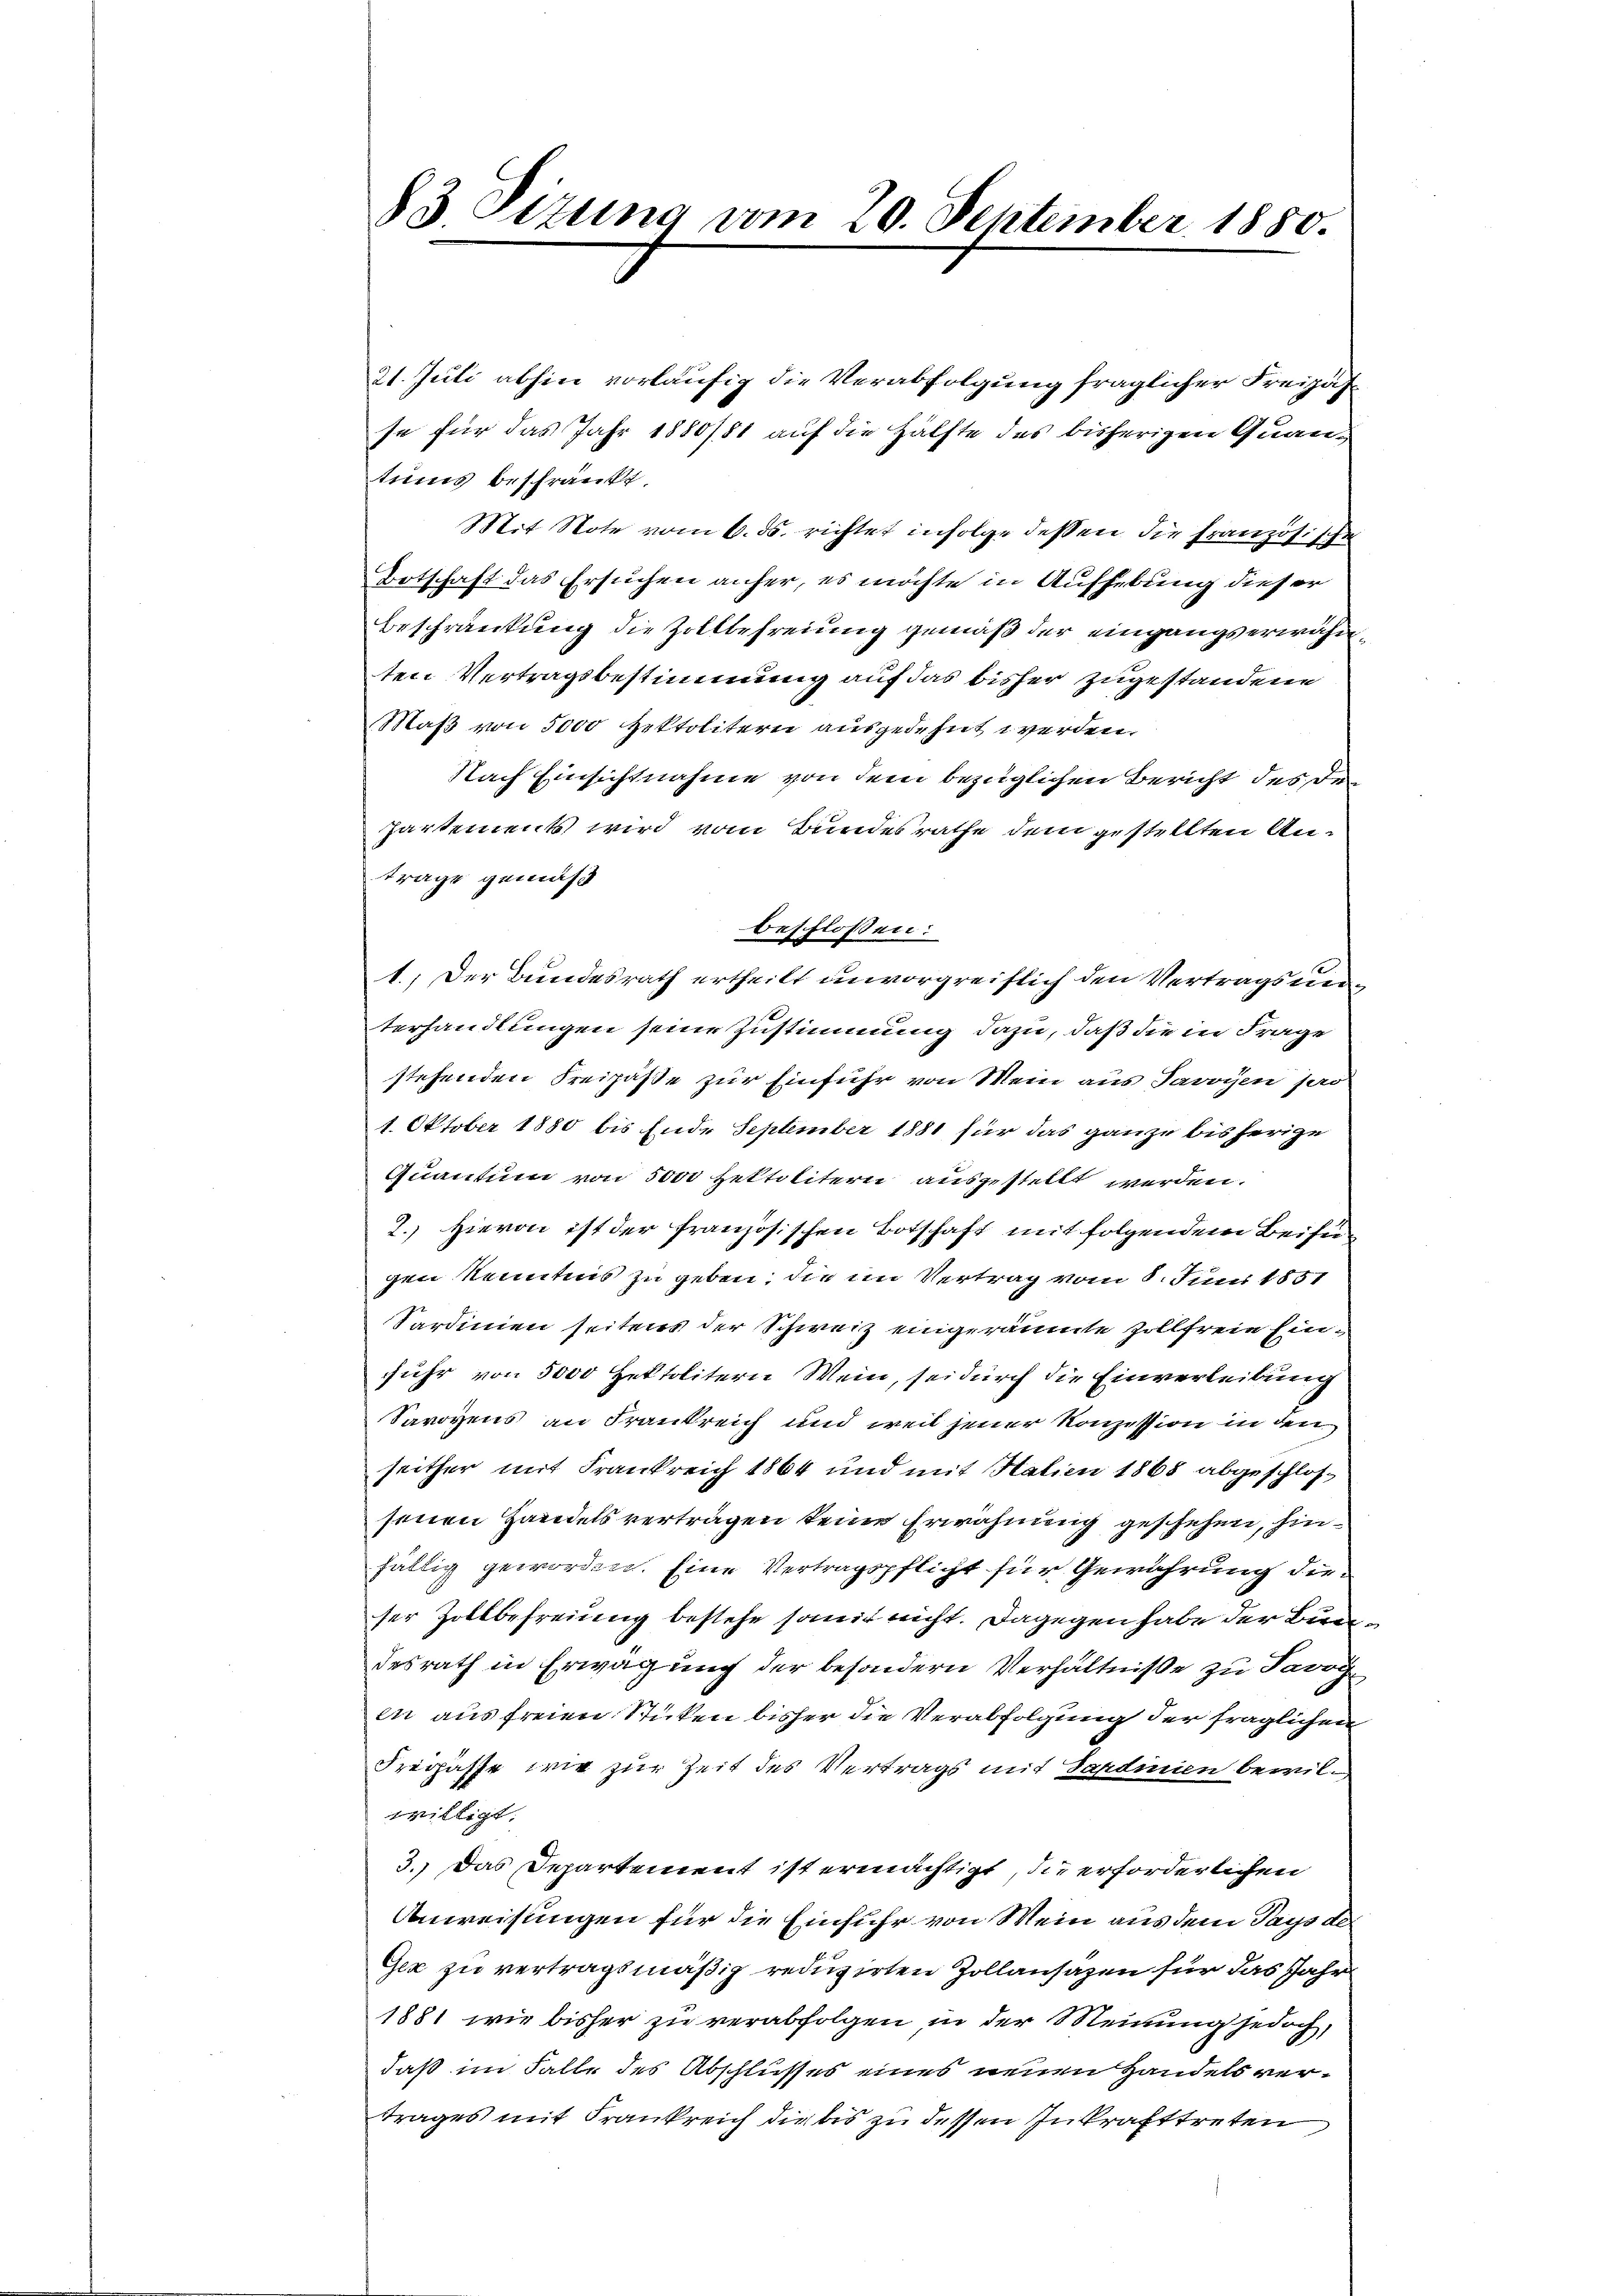
83 Sizung vom 20. September 1880.

21. Juli abhin vorläufig die Verabfolgung fraglicher Freizäfso für das Jahr 1880/81 auf die Hälfte des bisherigen Quantums beschränkt.
Mit Note vom 6. ds. richtet infolge dessen die Französische
Botschaft das Ersuchen anher, es möchte in Aufhebung dieser
Beschränkung die Zollbefreiung gemäß der eingangs erwähnten Vertragsbestimmung auf das bisher zugestandene
Maß von 5000 Hektolitern ausgedehnt werden.
Nach Einsichtnahme von dem bezüglichen Bericht des de
partements wird vom Bundesrathe dem gestellten Anträge gemäß
beschlossen:
1.) Der Bundesrath ertheilt unvorgreiflich den Vertragsunterhandlungen seine Zustimmung dazu, daß die in Frage
stehenden Freipäße zur Einfuhr von Mein aus Savoyen pro
1. Oktober 1880 bis Ende September 1881 für das ganze bisherige
Quantum von 5000 Zektolitern ausgestellt werden.
2.) Hievon ist der französischen Botschaft mit folgendem Beifügen Kenntnis zu geben, die im Vertrag vom 8. Juni 1851
Sardinien seitens der Schweiz eingeräumte Zollfreie Einfuhr von 5000 Hektolitern Wein, sei durch die Einverleibung
Savoyens an Frankreich und weil jener Konzession in den
seither mit Frankreich 1864 und mit Halien 1868 abgeschlossenen Handels vertragen keine Erwähnung geschehen, hinfällig geworden. Eine Vertragspflicht für Gewährung dieser Zollbefreiung bestehe somit nicht. Dagegen habe der Bundesrath in Erwägung der besondern Verhältniße zu Savoy
in aus freien Stücken bisher die Verabfolgung der fraglichen
Fregasse wie zur Zeit des Vertrags mit Sardinien bewil-
willigt.
3.) Das Departement ist ermächtigt, die erforderlichen
Anweisungen für die Einfuhr von Mein aus dem Pays de
Gex zu vertragsmäßig reduzirten Zollansazen für das Jahr
1881 wie bisher zu verabfolgen, in der Meinung jedoch,
daß im Falle des Abschlusses eines neuen Handels vertrages mit Frankreich die bis zu dessen Inkrafttreten